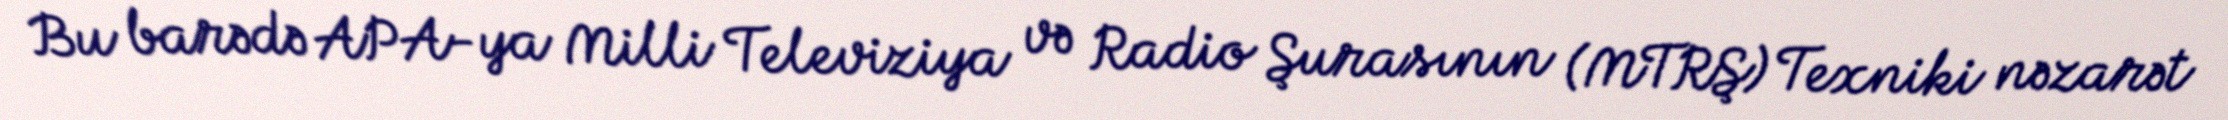
Bu barədə APA-ya Milli Televiziya və Radio Şurasının (MTRŞ) Texniki nəzarət